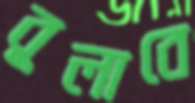
বুলাবে